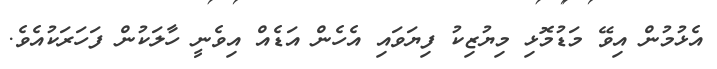
އެޅުމުން އިވޭ މަޑުމޮޅި މިޔުޒިކު ފިޔަވައި އެހެން އަޑެއް އިވެނީ ހާލަކުން ފަހަރަކުއެވެ.